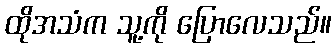
ထိုအသံက သူ့ကို ပြောလေသည်။